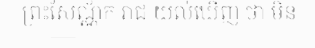
ព្រះសែណ្ណ័ក រាជ យល់ឃើញ ថា មិន